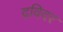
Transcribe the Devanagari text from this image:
द्रविदर